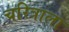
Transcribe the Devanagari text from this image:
चरित्राला